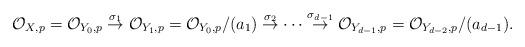
LaTeX: \begin{align*} \mathcal O_{X,p}=\mathcal O_{Y_0,p}\overset{\sigma_1}{\rightarrow}\mathcal O_{Y_1,p}=\mathcal O_{Y_0,p}/(a_1)\overset{\sigma_2}{\rightarrow}\cdots \overset{\sigma_{d-1}}{\rightarrow} \mathcal O_{Y_{d-1},p}=\mathcal O_{Y_{d-2},p}/(a_{d-1}).\end{align*}